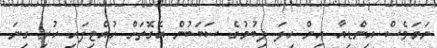
ނަމަވެސް އިންޑިއާ އިން ހިލަ ލިބުމުގެ ސަބަބުން އެގޮތަށް ހުއްޓިފައި ހުރި ގިނަ